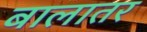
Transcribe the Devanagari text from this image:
बालातर